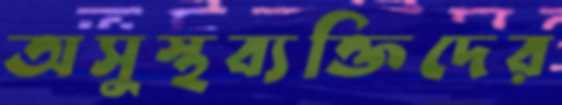
অসুস্থব্যক্তিদের